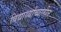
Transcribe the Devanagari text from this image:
विद्यार्थ्यांच्यातील